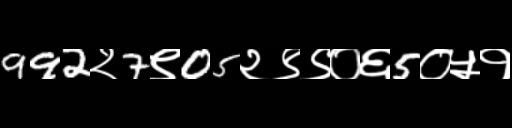
Text: 992२7९05२९९०६5०५१